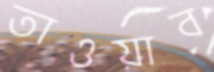
তাওয়াব